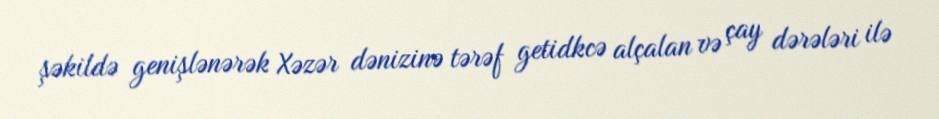
şəkildə genişlənərək Xəzər dənizinə tərəf getidkcə alçalan və çay dərələri ilə